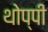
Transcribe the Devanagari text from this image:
थोप्पी